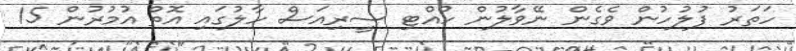
ހަތަރު ފުލުހުން ވެގެން ނޭވާލުން ހުއްޓި ސީރިއަސް ހާލުގައި އޮތް އުމުރުން 15